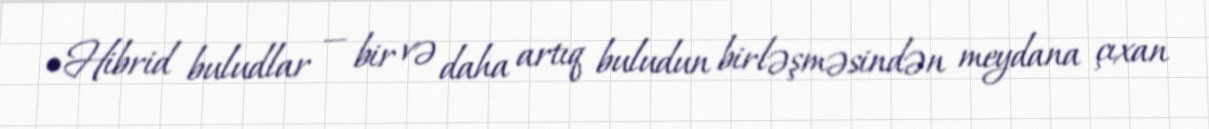
•Hibrid buludlar — bir və daha artıq buludun birləşməsindən meydana çıxan